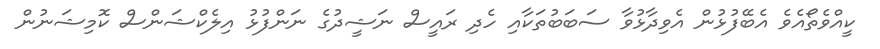
ކީއްވެތޯއެވެ އެބޭފުޅުން އެވިދާޅުވާ ސަބަބުތަކާއި ހެދި ރައީސް ނަޝީދުގެ ނަންފުޅު އިލެކްޝަންސް ކޮމިޝަނުން